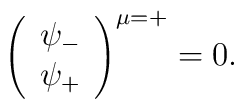
\left(\begin{array}{c} \psi_- \\ \psi_+\end{array}\right)^{\mu = +} =0.